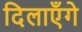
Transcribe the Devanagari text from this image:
दिलाएँगे